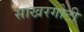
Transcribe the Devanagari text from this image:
साखरगोटी